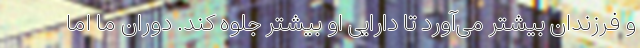
و فرزندان بیشتر می‌آورد تا دارایی او بیشتر جلوه کند. دوران ما اما